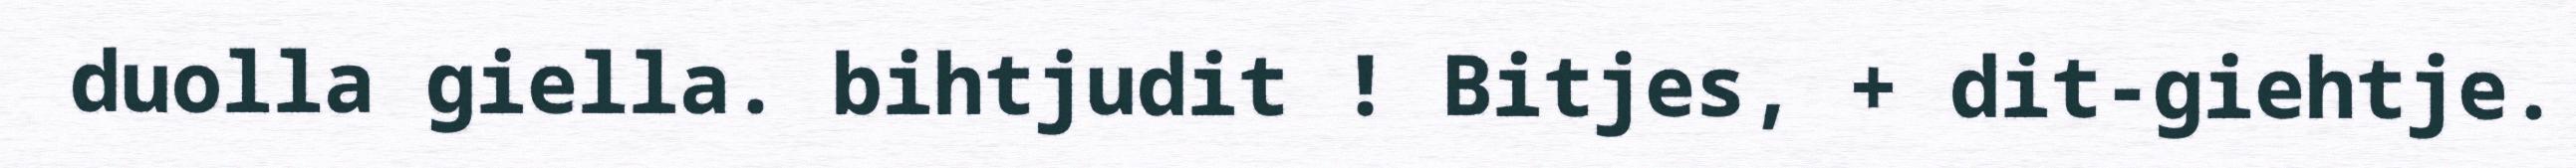
duolla giella. bihtjudit ! Bitjes, + dit-giehtje.